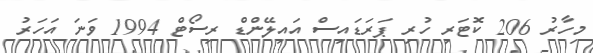
މިހާރު 206 ކޮޓަރި ހުރި ޕަރަޑައިސް އައިލޭންޑް ރިސޯޓް 1994 ވަނަ އަހަރު